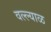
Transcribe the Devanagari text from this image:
वल्ल्याळ